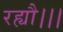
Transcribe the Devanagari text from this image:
रह्यौ।।।